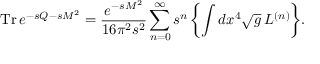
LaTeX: \mathrm { T r } \, e ^ { - s Q - s { \cal M } ^ { 2 } } = \frac { e ^ { - s { \cal M } ^ { 2 } } } { 1 6 \pi ^ { 2 } s ^ { 2 } } \sum _ { n = 0 } ^ { \infty } s ^ { n } \, \biggl \{ \int d x ^ { 4 } \sqrt { g } \: { \cal L } ^ { ( n ) } \biggr \} .